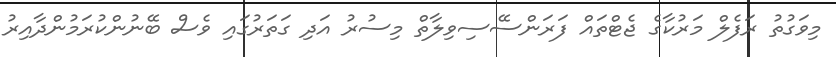
މިވަގުތު ރަފެލް މަރުކާގެ ޖެޓްތައް ފަރަންސޭސިވިލާތް މިސުރު އަދި ގަތަރުގައި ވެސް ބޭނުންކުރަމުންދާއިރު